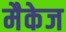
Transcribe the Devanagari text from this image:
मैकेज